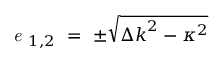
\emph { e } _ { 1 , 2 } ~ = ~ \pm \sqrt { { \Delta k } ^ { 2 } - { \kappa } ^ { 2 } }